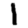
Digit: 1